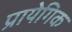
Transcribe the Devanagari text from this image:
प्रायेगिक